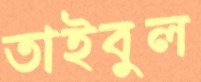
তাইবুল